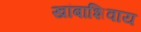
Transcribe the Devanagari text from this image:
खांबाशिवाय